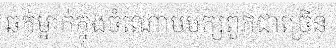
ឆក់ម្នាក់ក្នុងចំណោមបក្សពួកជាច្រើន